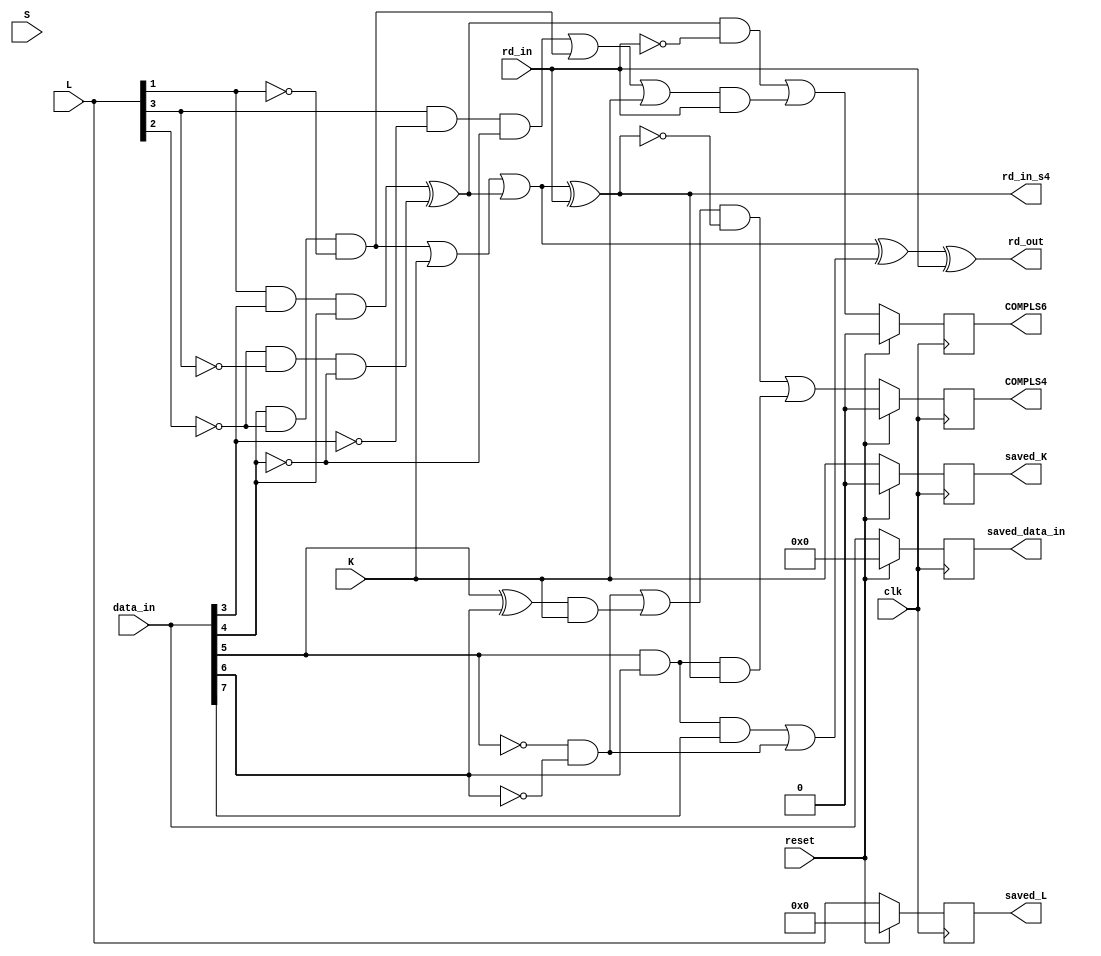
`timescale 1ns / 1ps
//////////////////////////////////////////////////////////////////////////////////
// Company: 
// Engineer: 
// 
// Design Name: 
// Module Name: disCtrl
// Project Name: 
// Target Devices: 
// Tool Versions: 
// Description: Disparity classifications and control of complementation 
//              Figure 5 and 6 in Encoder diagram
// Dependencies: 
// 
// Revision:
// Revision 0.01 - File Created
// Additional Comments:
// 
//////////////////////////////////////////////////////////////////////////////////


module disCtrl( 
    input clk,
    input reset,
    input K,
    input [4:0] L,
    input S,
    input [7:0] data_in,
    input rd_in,
    output reg [7:0] saved_data_in,
    output reg [4:0] saved_L,
    output reg saved_K,
    output rd_in_s4,
    output reg COMPLS6,
    output reg COMPLS4,
    output rd_out
    );
    wire L40, L31, L22, L13, L04;
    wire A, B, C, D, E, F, G, H;
    assign {L40, L31, L22, L13, L04} = L;
    assign {H, G, F, E, D, C, B, A} = data_in;
    /* Disparity clarification:
        P,N,S stands for Positive, Negative, Sender
        D1 stands for D-1 (entry running disparity)
        D0 stands for D0  (current running disparity) */
    /* Disparity classification for 5B/6B */
    // If either PD1S6 or ND1S6 is set, then RD6 is changed 
    wire PD1S6, ND0S6, ND1S6, PD0S6, RD6;
    assign PD1S6 = (L13 & D & E) ^ (~L22 & ~L31 & ~E);
    assign ND0S6 = PD1S6;
    assign ND1S6 = (L31 & ~D & ~E) | (E & ~L22 & ~L13) | K;
    assign PD0S6 = (E & ~L22 & ~L13) | K;
    assign RD6 = (PD0S6 | ND0S6);  
    /* Disparity classification for 3B/4B */  
    // If either PD1S5 or ND1S4 is set, then RD4 is changed
    wire ND1S4, ND0S4, PD1S4, PD0S4, RD4; 
    assign ND1S4 = F & G; 
    assign ND0S4 = ~F & ~G; 
    assign PD1S4 = ND0S4 | ((F ^ G) & K);
    assign PD0S4 = F & G & H;
    assign RD4 = (PD0S4 | ND0S4);
    
    /* Control of complementation:
        The complement is set if rd_in's sign does not 
        matched with D1S6 and D1S4 sign                 */
    always @(posedge clk)
    begin 
        if (reset) begin 
           {COMPLS6, COMPLS4} = 3'b100;
           saved_data_in = 8'b0; 
           saved_L = 0;
           saved_K = 0;
        end else begin
            // Disparity of D0S6 is based on the entry running disparity
            // Complement is set when PD1S6 is 1 (expect positive), but rd_in is 0(-) 
            //                     OR ND1S6 is 1 (expect negative), but rd_in is 1(+)
            COMPLS6 <= (PD1S6 & ~rd_in) | (ND1S6 & rd_in);
            // PD1S4 is same, but here, the entry disparity 
            //  will be the out disparity of fcn 5B 
            // Complement is set when PD1S4 is 1 (expect positive), but rd_in is 0(-)
            //                     OR ND1S4 is 1 (expect negative), but rd_in is 1(+)
            COMPLS4 <= ((PD1S4 & ~rd_in_s4) | (ND1S4 & rd_in_s4));
            saved_data_in <= data_in;
            saved_L <= L; 
            saved_K <= K;
        end
    end
    
    /* Assign rd_out for the next input */
    wire rd_cur;
    assign rd_cur = RD6 ^ RD4;         // Running disparity of current input
    assign rd_out = rd_cur ^ rd_in;    // Use running disparity of current input to determine if we
                                //  need to change entry running disparity of the next input.
    assign rd_in_s4 = RD6 ^ rd_in;

endmodule